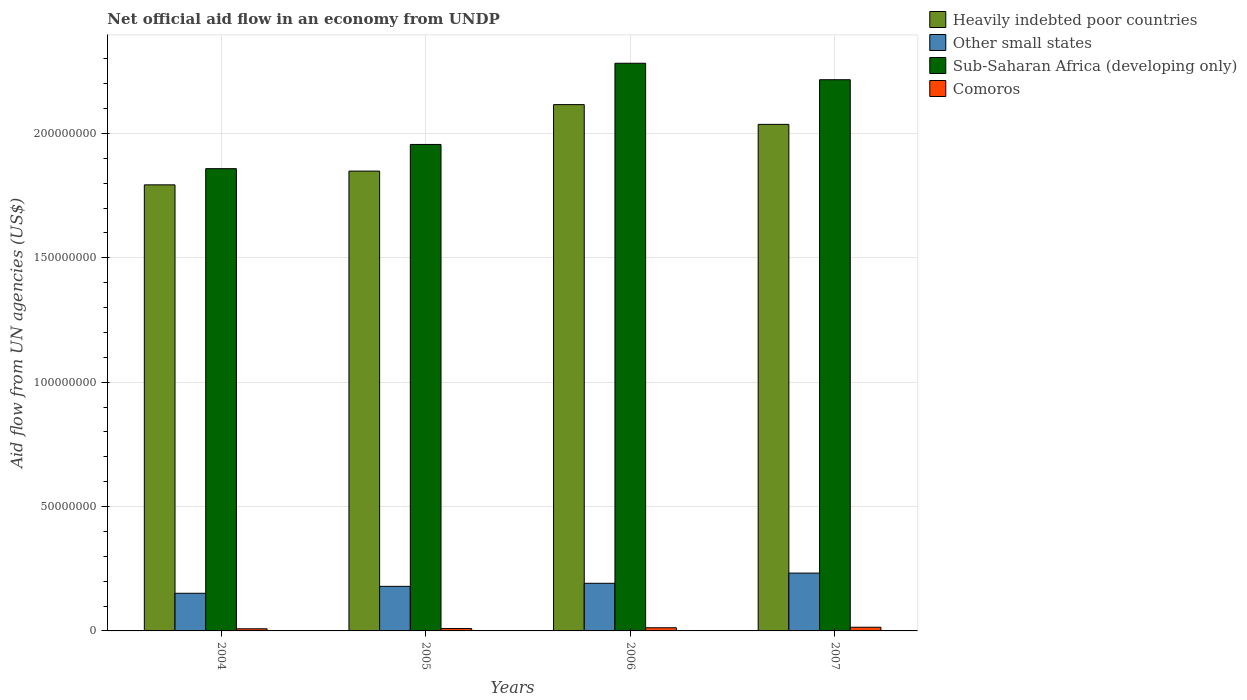
| Years | Heavily indebted poor countries | Other small states | Sub-Saharan Africa (developing only) | Comoros |
 | --- | --- | --- | --- | --- |
 | 2004 | 1.79e+08 | 1.51e+07 | 1.86e+08 | 8.6e+05 |
 | 2005 | 1.85e+08 | 1.79e+07 | 1.96e+08 | 9.5e+05 |
 | 2006 | 2.12e+08 | 1.92e+07 | 2.28e+08 | 1.28e+06 |
 | 2007 | 2.04e+08 | 2.32e+07 | 2.22e+08 | 1.48e+06 |